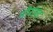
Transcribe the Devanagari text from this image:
मीराचा